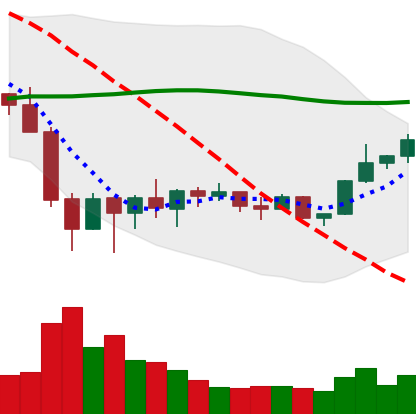
Ticker: BNB-USD
Chart end date: 2022-02-07
Forward return: -6.888%
Label: down_5_7